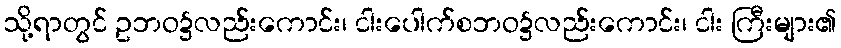
သို့ရာတွင် ဥဘဝ၌လည်းကောင်း၊ ငါးပေါက်စဘဝ၌လည်းကောင်း၊ ငါး ကြီးများ၏